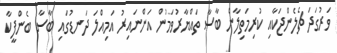
ވަރުގަދަ ޗެލެންޖަކާއި ކުރިމަތިލާން ބާސާ ތައްޔާރުވަމުން އަންނައިރު އަމިއްލަ ދަނޑުގައި ބާސާ ބެންފީކާ